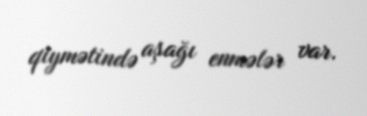
qiymətində aşağı enmələr var.